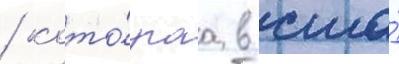
/ кото́раа в сша́